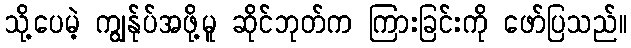
သို့ပေမဲ့ ကျွန်ုပ်အဖို့မူ ဆိုင်ဘုတ်က ကြားခြင်းကို ဖော်ပြသည်။